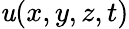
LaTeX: \mathit{u}(x,y,z,t)